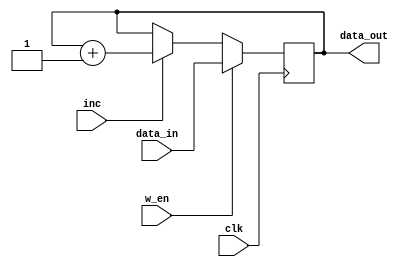
`timescale 1ns / 1ps
//////////////////////////////////////////////////////////////////////////////////
// Company: 
// Engineer: 
// 
// Design Name: 
// Module Name: Register_inc
// Project Name: CSD
// Target Devices: zed
// Tool Versions: 
// Description: Register with increment
// 
// Dependencies: 
// 
// Revision: v1
// Revision 0.01 - File Created
// Additional Comments:
// 
//////////////////////////////////////////////////////////////////////////////////


module Register_inc(
    input clk,
    input w_en,
    input inc,
    input [17:0] data_in,
    output reg [17:0] data_out
    );

    
    //register set at posedge clk
    always @(posedge clk)
    begin
        if(w_en == 1)
            data_out<=data_in;
        else if(inc==1)
            data_out <= data_out+1;
    end
        
endmodule